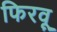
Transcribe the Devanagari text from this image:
फिरवू